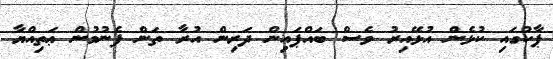
ޕާކުގައި ކުޅެން އުޅޭއިރު ވެސް ބައްޕައިން ދަރިން އުރާ ތަން ފެނުމުން ޢަތިއްޔާ